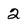
Character: 2